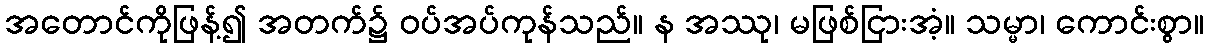
အတောင်ကိုဖြန့်၍ အတက်၌ ဝပ်အပ်ကုန်သည်။ န အဿု၊ မဖြစ်ငြားအံ့။ သမ္မာ၊ ကောင်းစွာ။